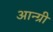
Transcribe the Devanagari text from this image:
आन्ग्री